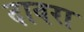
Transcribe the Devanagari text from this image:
दावरा